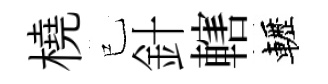
橈已針轄轣